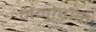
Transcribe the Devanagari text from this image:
मेनोपॉज